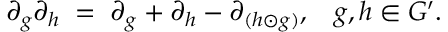
\partial _ { g } \partial _ { h } \; = \; \partial _ { g } + \partial _ { h } - \partial _ { ( h \odot g ) } , \; \; \; g , h \in G ^ { \prime } .